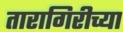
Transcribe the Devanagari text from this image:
तारागिरीच्या